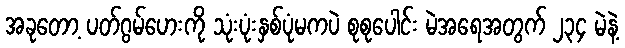
အခုတော့ ပတ်ဂွမ်ဟေးကို သုံးပုံးနှစ်ပုံမကပဲ စုစုပေါင်း မဲအရေအတွက် ၂၃၄ မဲနဲ့